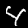
Label: 4